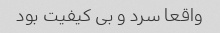
واقعا سرد و بی کیفیت بود